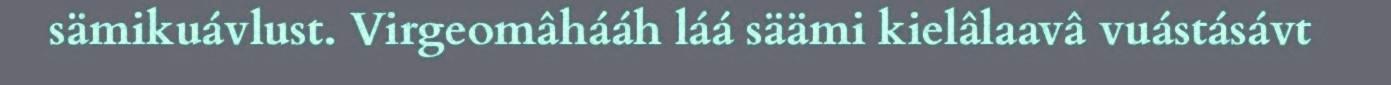
sämikuávlust. Virgeomâhááh láá säämi kielâlaavâ vuástásávt